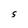
Character: S